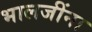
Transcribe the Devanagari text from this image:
भालजींना